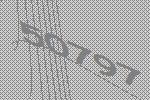
50797